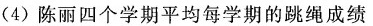
(4)陈丽四个学期平均每学期的跳绳成绩